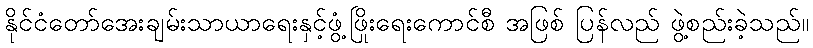
နိုင်ငံတော်အေးချမ်းသာယာရေးနှင့်ဖွံ့ဖြိုးရေးကောင်စီ အဖြစ် ပြန်လည် ဖွဲ့စည်းခဲ့သည်။